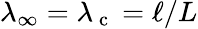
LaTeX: \lambda_{\infty}=\lambda_{\mathrm{~c~}}=\ell/L